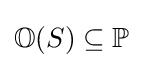
\mathbb {O} (S)\subseteq \mathbb {P}